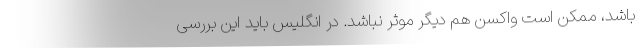
باشد، ممکن است واکسن هم دیگر موثر نباشد. در انگلیس باید این بررسی